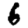
Digit: 6